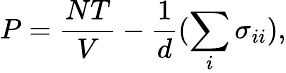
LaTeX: P=\frac{NT}{V}-\frac{1}{d}(\sum_{i}\sigma_{ii}),